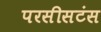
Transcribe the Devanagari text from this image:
परसीसटंस